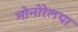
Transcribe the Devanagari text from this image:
मोनोरेलचा